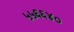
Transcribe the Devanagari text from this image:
५५६६४०